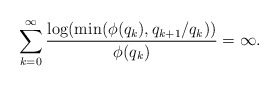
\begin{align*}\sum_{k=0}^{\infty}\frac{\log(\min(\phi(q_k),q_{k+1}/q_k))}{\phi(q_k)}=\infty.\end{align*}